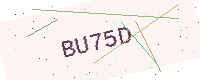
Text: BU75D